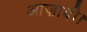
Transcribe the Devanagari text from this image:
आज़ादी।